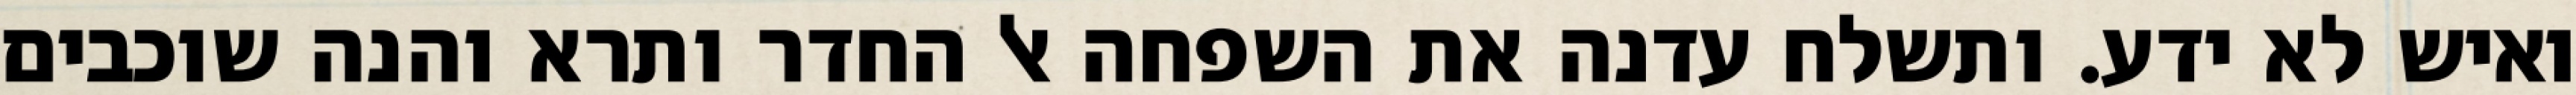
ואיש לא ידע. ותשלח עדנה את השפחה אל החדר ותרא והנה שוכבים